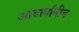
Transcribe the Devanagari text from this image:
आचार्यांनीच